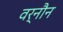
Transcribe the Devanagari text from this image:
वर्नौन